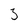
Character: 3